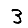
Digit: 3